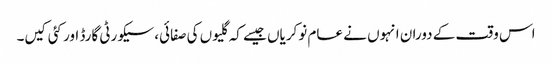
اس وقت کے دوران انہوں نے عام نوکریاں جیسے کہ گلیوں کی صفائی، سیکورٹی گارڈ اور کئی کیں۔